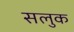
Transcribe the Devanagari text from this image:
सलुक